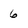
Character: 6